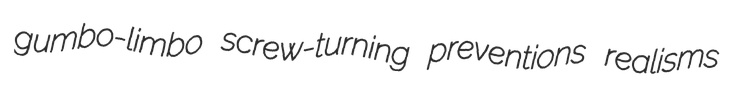
gumbo-limbo screw-turning preventions realisms